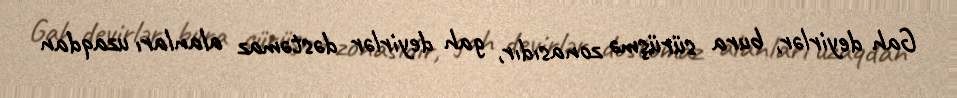
Gah deyirlər, bura sürüşmə zonasıdır, gah deyirlər dəstəmaz alanları uzaqdan